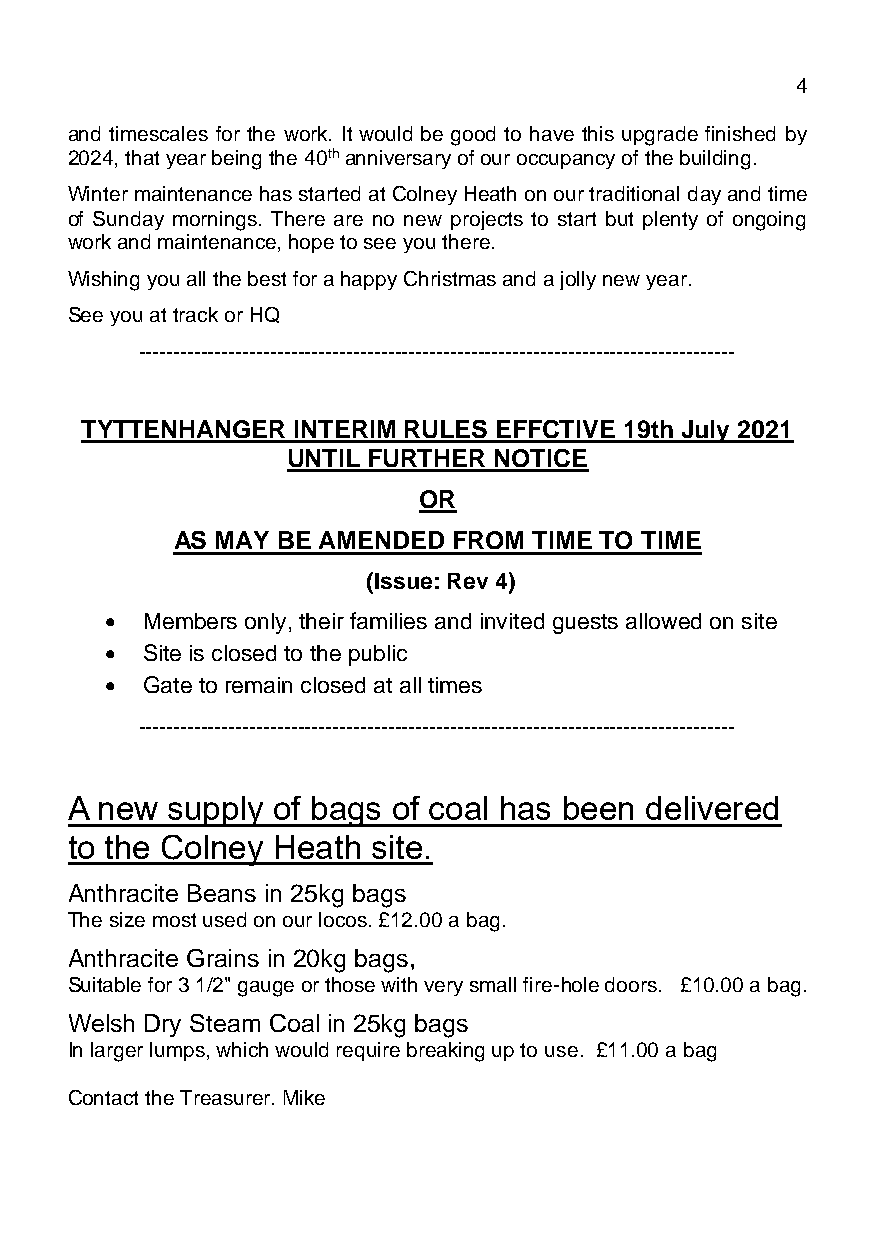
March 2021                                  Page 4
 and timescales for the work. It would be good to have this upgrade finished by
 2024, that year being the 40th anniversary of our occupancy of the building.
 Winter maintenance has started at Colney Heath on our traditional day and time
 of Sunday mornings. There are no new projects to start but plenty of ongoing
 work and maintenance, hope to see you there.
 Wishing you all the best for a happy Christmas and a jolly new year.
 See you at track or HQ
 --------------------------------------------------------------------------------------
 TYTTENHANGER  INTERIM RULES EFFCTIVE 19th July 2021
 UNTIL FURTHER NOTICE
 OR
 AS MAY BE AMENDED  FROM TIME TO TIME
 (Issue: Rev 4)
 • Members only, their families and invited guests allowed on site
 • Site is closed to the public
 • Gate to remain closed at all times
 --------------------------------------------------------------------------------------
 A new  supply of bags of coal has been delivered
 to the Colney Heath  site.
 Anthracite Beans in 25kg bags
 The size most used on our locos. £12.00 a bag.
 Anthracite Grains in 20kg bags,
 Suitable for 3 1/2" gauge or those with very small fire-hole doors. £10.00 a bag.
 Welsh Dry Steam Coal in 25kg bags
 In larger lumps, which would require breaking up to use. £11.00 a bag
 Contact the Treasurer. Mike Foreman